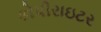
કોપીરાઇટર